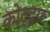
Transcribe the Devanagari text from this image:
कोट्द्वार